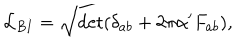
{ \cal L } _ { B I } = \sqrt { \det ( \delta _ { a b } + 2 \pi \alpha ^ { \prime } F _ { a b } ) } ,